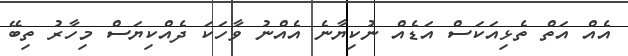
އެއް އަތް ތެޅިއަކަސް އަޑެއް ނުކިޔާނެ އެއްނު ވާހަކަ ދެއްކިޔަސް މިހާރު ތިބޭ